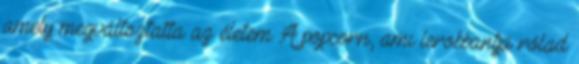
amely megváltoztatta az életem A popcorn, ami lerobbantja rólad